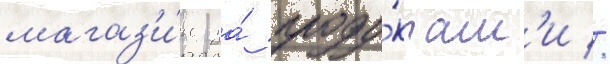
магаз'и́н за́ проду́ктам'и //